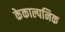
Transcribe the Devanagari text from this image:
केकाल्पनिक